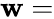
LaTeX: \mathbf{w}=